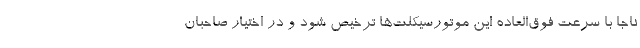
ناجا با سرعت فوق‌العاده این موتورسیکلت‌ها ترخیص شود و در اختیار صاحبان